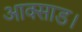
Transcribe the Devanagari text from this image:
आक्साड।